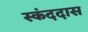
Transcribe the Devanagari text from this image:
स्कंददास